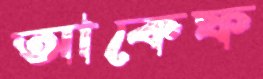
আকেফ